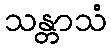
သန္တာသံ